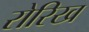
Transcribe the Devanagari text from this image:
रोरिख